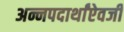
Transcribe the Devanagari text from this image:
अन्नपदार्थांऐवजी